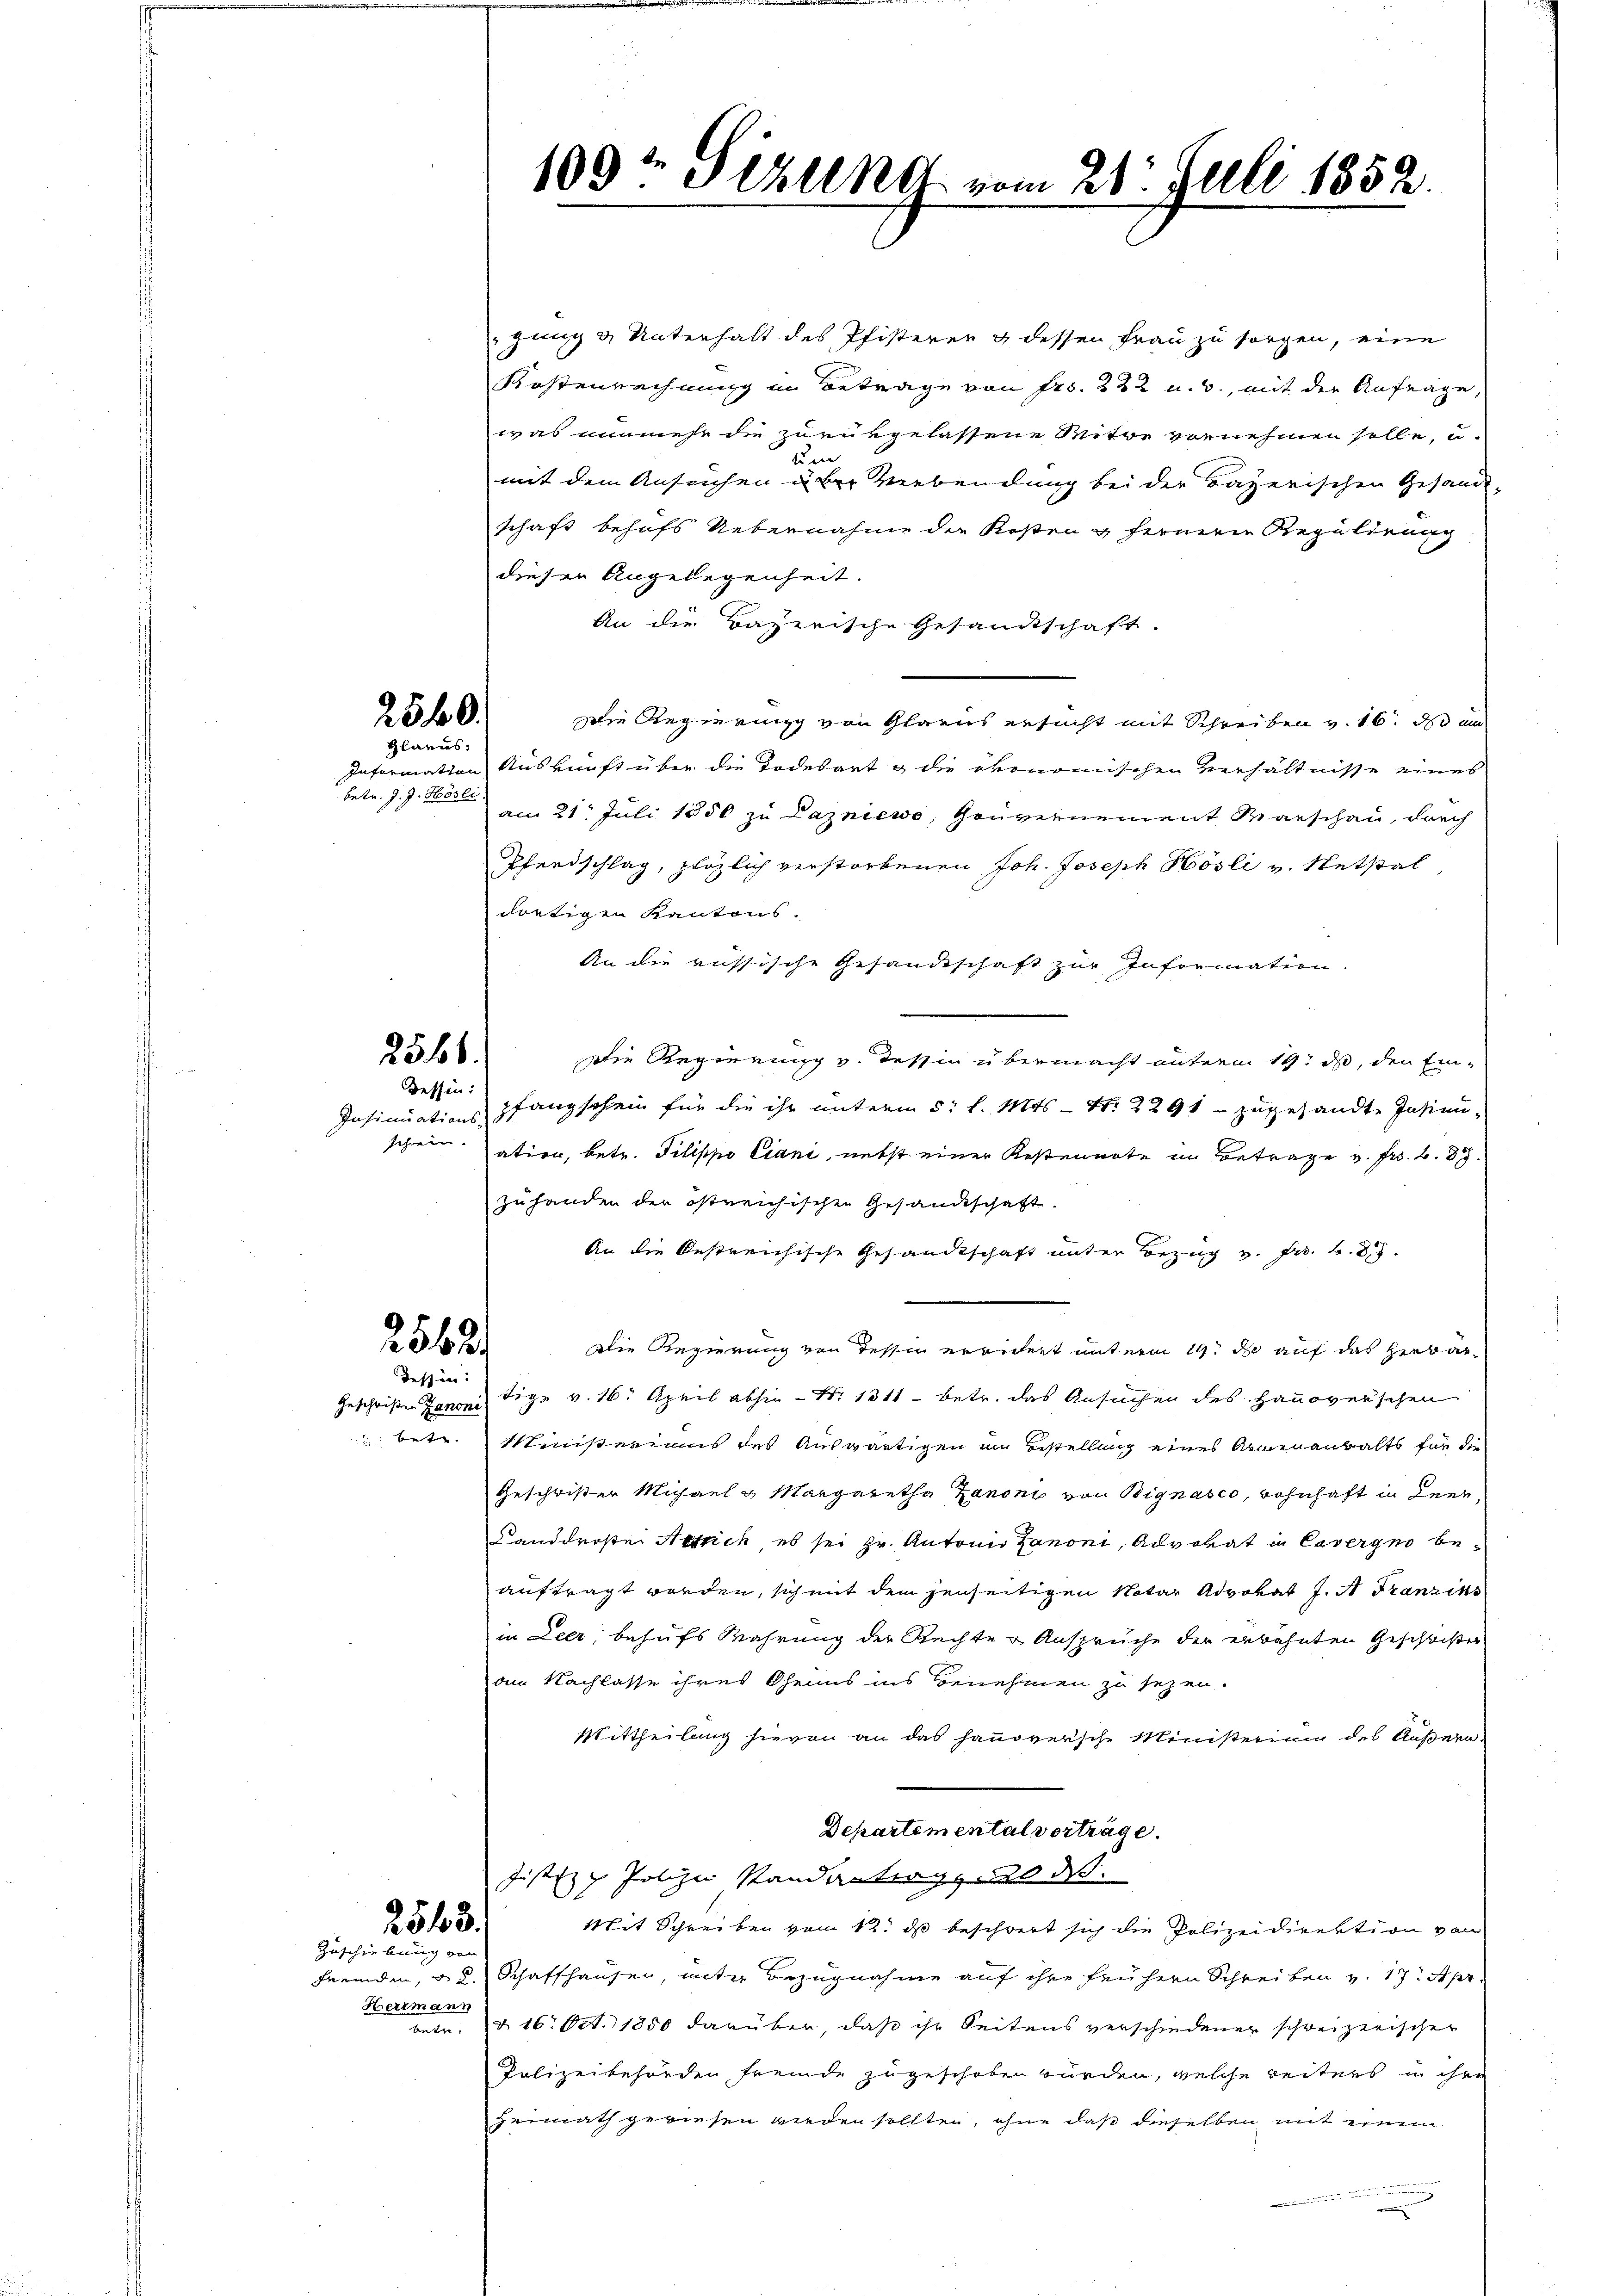
25 f 0
Glarus:

betr. J. J. Hösli

2566.
Tessin:

Insinuations-
sch. |

2562/
dessen:

Hertmann
a

2543.
Zuschiebung von

109t Pizlend vom 21. Juli 1852.

gung & Unterhalt des Pfisterer & dessen Frau zu sorgen, eine
Kostenrechnung in Betrage von Frs. 222 u. 3., mit der Anfrage,
was nunmehr die zurükgelassene Mitte vornehmen solle, u.
tum
mit dem Ansuchen über Verbendung bei der Bayerischen Gesandt
schaft behufs Uebernahme der Kosten & ferneren Regalienag
dieser Angelegenheit.
An die Bayerische Gesandtschaft.
Die Regierung von Glarus ersucht mit Schreiben v. 16. ds un
Information Auskunft über die Todesart & die ökonomischen Verhältnisse eines
am 21. Juli 1850 zu Lazniewo, Gouvernement Marschau, durch
Pferdschlag, plözlich verstorbenen Joh. Joseph Hösli v. Netstal
dortigen Kantons.
An die russische Gesandtschaft zur Information.
die Regierung v. Tessin übermacht unterm 19. ds, den Ein-
pfangschein für die ihr unterm 5. l. Mts. – Nr. 2291. zugesandte Insinuation, betr. Pilippo Ciani, nebst einer Restennote in Betrage v. Fr. 2. 877.
zuhanden der östreichischen Gesandtschaft.
An die bestreichische Gesandtschaft unter Bezug v. Fr. 6. 87.
Die Regierung von desse erwidert unterm 19. ds auf das Herbau¬
Geschristen Zanoni, Tige v. 16. April abhin - No 1311 - betr. das Ansuchen des Hanoverschen
 betr. Ministeriums des Auswärtigen im Bestellung eines Armenanwalts für die
Geschwister Michael u Margaretha Zanoni von Bignasco, wohnhaft in Leer¬
Landdrose Neuch, es sei Hr. Antonio Zanoni, Advokat in Cavergno beauftragt worden, sich mit dem jenseitigen Notar Advokat J. A. Franzins
in Leer; behufs Wahrung der Rechte & Ansprüche der erwähnten Geschwister
am Nachlasse ihres Oheims ins Benehmen zu sezen.
Mittheilung hievon an das Hausversche Ministerium des Äußern.
Departemental verträge.
Justiz & Polizei standantrag, wo ds.
Mit Schreiben vom 12 d beschwert sich die Polizeidirektion von
fremden, d. d. Schaffhausen, unter Bezugnahme auf ihre frühern Schreiben v. 17. Apr
d. 16. Oct. 1850 darüber, daß ihr Seitens verschiedener schweizerischen
Polizeibehörden fremde zugeschoben würden, welche Seiters in ihre
Heimath gewiesen werden sollten, ohne daß dieselben mit einem
.